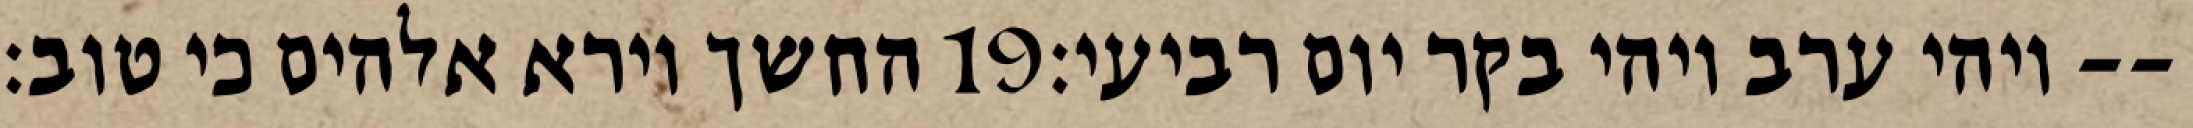
החשך וירא אלהים כי טוב׃ ‎19‏ ויהי ערב ויהי בקר יום רביעי׃--